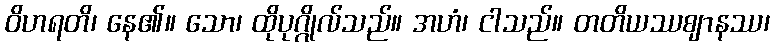
ဝိဟရတိ၊ နေ၏။ သော၊ ထိုပုဂ္ဂိုလ်သည်။ အဟံ၊ ငါသည်။ တတိယဿဈာနဿ၊